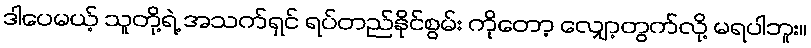
ဒါပေမယ့် သူတို့ရဲ့ အသက်ရှင် ရပ်တည်နိုင်စွမ်း ကိုတော့ လျှော့တွက်လို့ မရပါဘူး။